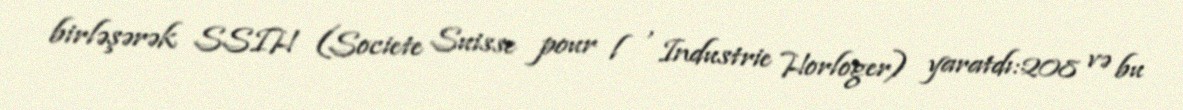
birləşərək SSIH (Societe Suisse pour l ' Industrie Horloger) yaratdı:208 və bu